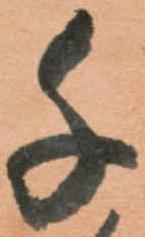
千